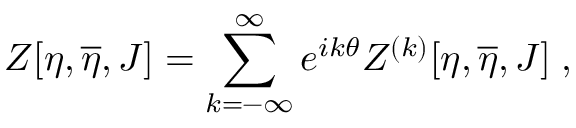
Z [ \eta , \overline { { { \eta } } } , J ] = \sum _ { k = - \infty } ^ { \infty } e ^ { i k \theta } Z ^ { ( k ) } [ \eta , \overline { { { \eta } } } , J ] \; ,